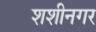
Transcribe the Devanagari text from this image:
शशीनगर